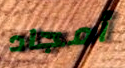
أمجاد